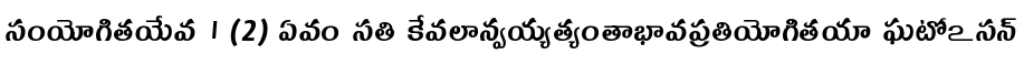
సంయోగితయేవ । (2) ఏవం సతి కేవలాన్వయ్యత్యంతాభావప్రతియోగితయా ఘటోఽసన్